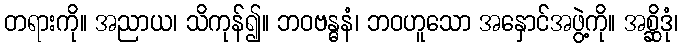
တရားကို။ အညာယ၊ သိကုန်၍။ ဘဝဗန္ဓနံ၊ ဘဝဟူသော အနှောင်အဖွဲ့ကို။ အစ္ဆိဒုံ၊